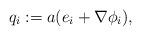
LaTeX: \begin{align*}q_i :=a(e_i+\nabla\phi_i),\end{align*}